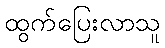
ထွက်ပြေးလာသူ